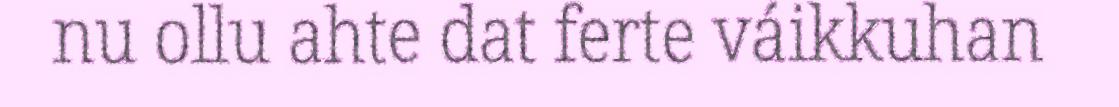
nu ollu ahte dat ferte váikkuhan